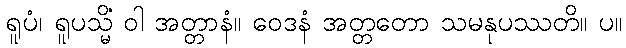
ရူပံ၊ ရူပသ္မိံ ဝါ အတ္တာနံ။ ဝေဒနံ အတ္တတော သမနုပဿတိ။ ပ။